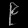
Digit: ၉